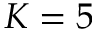
K = 5